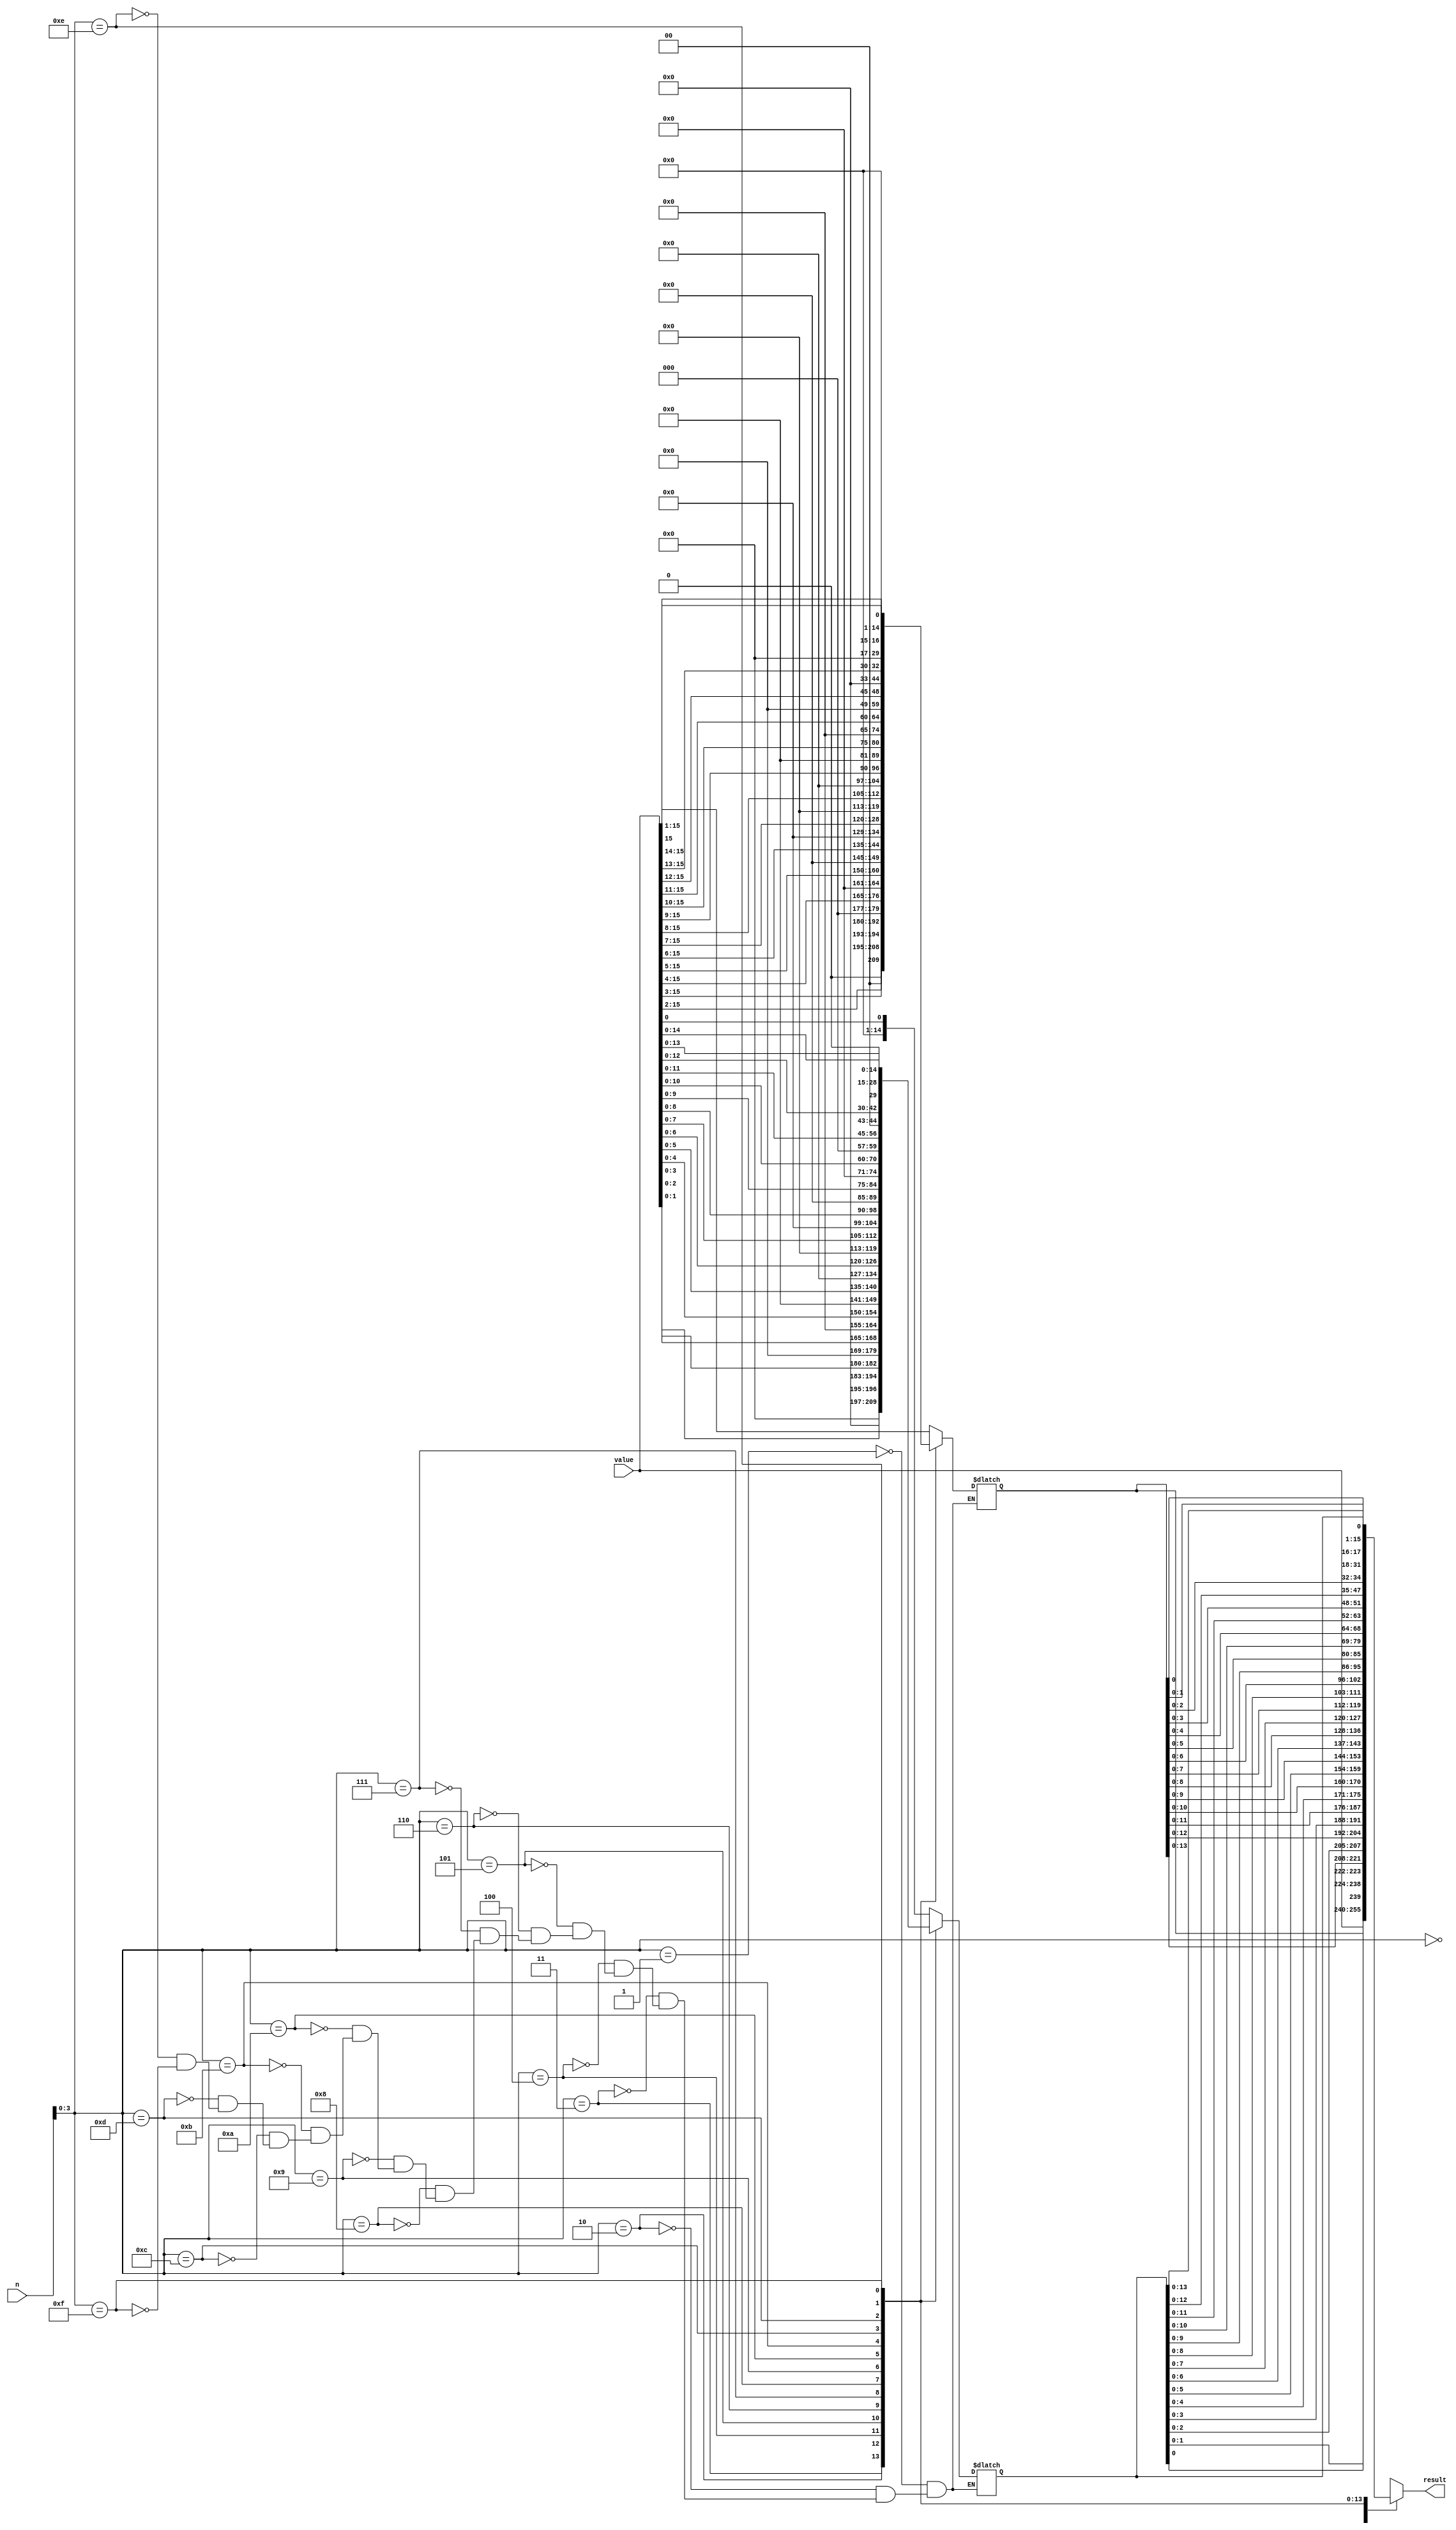
module rotate_right(n, value, result);
	input [15:0] n, value;
	output reg [15:0] result;
	reg [15:0] temp, temp2;
	
	always@(*)
	begin
		case(n[3:0])
			0:
				begin
				result <= value;
				end
			1:
				begin
				temp <= { {15 - 1 + 1{1'b0}}, value[1 - 1: 0] };
				temp2 <= value >> 1;
				result <= {temp[1 - 1: 0] , temp2[15 - 1: 0]};
				end
			2:
				begin
				temp <= { {15 - 2 + 1{1'b0}}, value[2 - 1: 0] };
				temp2 <= value >> 2;
				result <= {temp[2 - 1: 0] , temp2[15 - 2: 0]};
				end
			3:
				begin
				temp <= { {15 - 3 + 1{1'b0}}, value[3 - 1: 0] };
				temp2 <= value >> 3;
				result <= {temp[3 - 1: 0] , temp2[15 - 3: 0]};
				end
			4:
				begin
				temp <= { {15 - 4 + 1{1'b0}}, value[4 - 1: 0] };
				temp2 <= value >> 4;
				result <= {temp[4 - 1: 0] , temp2[15 - 4: 0]};
				end
			5:
				begin
				temp <= { {15 - 5 + 1{1'b0}}, value[5 - 1: 0] };
				temp2 <= value >> 5;
				result <= {temp[5 - 1: 0] , temp2[15 - 5: 0]};
				end
			6:
				begin
				temp <= { {15 - 6 + 1{1'b0}}, value[6 - 1: 0] };
				temp2 <= value >> 6;
				result <= {temp[6 - 1: 0] , temp2[15 - 6: 0]};
				end
			7:
				begin
				temp <= { {15 - 7 + 1{1'b0}}, value[7 - 1: 0] };
				temp2 <= value >> 7;
				result <= {temp[7 - 1: 0] , temp2[15 - 7: 0]};
				end
			8:
				begin
				temp <= { {15 - 8 + 1{1'b0}}, value[8 - 1: 0] };
				temp2 <= value >> 8;
				result <= {temp[8 - 1: 0] , temp2[15 - 8: 0]};
				end
			9:
				begin
				temp <= { {15 - 9 + 1{1'b0}}, value[9 - 1: 0] };
				temp2 <= value >> 9;
				result <= {temp[9 - 1: 0] , temp2[15 - 9: 0]};
				end
			10:
				begin
				temp <= { {15 - 10 + 1{1'b0}}, value[10 - 1: 0] };
				temp2 <= value >> 10;
				result <= {temp[10 - 1: 0] , temp2[15 - 10: 0]};
				end
			11:
				begin
				temp <= { {15 - 11 + 1{1'b0}}, value[11 - 1: 0] };
				temp2 <= value >> 11;
				result <= {temp[11 - 1: 0] , temp2[15 - 11: 0]};
				end
			12:
				begin
				temp <= { {15 - 12 + 1{1'b0}}, value[12 - 1: 0] };
				temp2 <= value >> 12;
				result <= {temp[12 - 1: 0] , temp2[15 - 12: 0]};
				end
			13:
				begin
				temp <= { {15 - 13 + 1{1'b0}}, value[13 - 1: 0] };
				temp2 <= value >> 13;
				result <= {temp[13 - 1: 0] , temp2[15 - 13: 0]};
				end
			14:
				begin
				temp <= { {15 - 14 + 1{1'b0}}, value[14 - 1: 0] };
				temp2 <= value >> 14;
				result <= {temp[14 - 1: 0] , temp2[15 - 14: 0]};
				end
			15:
				begin
				temp <= { {15 - 15 + 1{1'b0}}, value[15 - 1: 0] };
				temp2 <= value >> 15;
				result <= {temp[15 - 1: 0] , temp2[15 - 15: 0]};
				end
		endcase
	end
endmodule

module rotate_left(n, value, result);
	input [15:0] n, value;
	output reg [15:0] result;
	reg [15:0] temp, temp2;
	
	always@(*)
	begin
		case(n[3:0])
			0:
				begin
				result <= value;
				end
			1:
				begin
				temp <= { {15 - 1 + 1{1'b0}}, value[15:15 - 1 + 1] };
				temp2 <= value << 1;
				result <= {temp2[15:1] , temp[1 - 1:0]};
				end
			2:
				begin
				temp <= { {15 - 2 + 1{1'b0}}, value[15:15 - 2 + 1] };
				temp2 <= value << 2;
				result <= {temp2[15:2] , temp[2 - 1:0]};
				end
			3:
				begin
				temp <= { {15 - 3 + 1{1'b0}}, value[15:15 - 3 + 1] };
				temp2 <= value << 3;
				result <= {temp2[15:3] , temp[3 - 1:0]};
				end
			4:
				begin
				temp <= { {15 - 4 + 1{1'b0}}, value[15:15 - 4 + 1] };
				temp2 <= value << 4;
				result <= {temp2[15:4] , temp[4 - 1:0]};
				end
			5:
				begin
				temp <= { {15 - 5 + 1{1'b0}}, value[15:15 - 5 + 1] };
				temp2 <= value << 5;
				result <= {temp2[15:5] , temp[5 - 1:0]};
				end
			6:
				begin
				temp <= { {15 - 6 + 1{1'b0}}, value[15:15 - 6 + 1] };
				temp2 <= value << 6;
				result <= {temp2[15:6] , temp[6 - 1:0]};
				end
			7:
				begin
				temp <= { {15 - 7 + 1{1'b0}}, value[15:15 - 7 + 1] };
				temp2 <= value << 7;
				result <= {temp2[15:7] , temp[7 - 1:0]};
				end
			8:
				begin
				temp <= { {15 - 8 + 1{1'b0}}, value[15:15 - 8 + 1] };
				temp2 <= value << 8;
				result <= {temp2[15:8] , temp[8 - 1:0]};
				end
			9:
				begin
				temp <= { {15 - 9 + 1{1'b0}}, value[15:15 - 9 + 1] };
				temp2 <= value << 9;
				result <= {temp2[15:9] , temp[9 - 1:0]};
				end
			10:
				begin
				temp <= { {15 - 10 + 1{1'b0}}, value[15:15 - 10 + 1] };
				temp2 <= value << 10;
				result <= {temp2[15:10] , temp[10 - 1:0]};
				end
			11:
				begin
				temp <= { {15 - 11 + 1{1'b0}}, value[15:15 - 11 + 1] };
				temp2 <= value << 11;
				result <= {temp2[15:11] , temp[11 - 1:0]};
				end
			12:
				begin
				temp <= { {15 - 12 + 1{1'b0}}, value[15:15 - 12 + 1] };
				temp2 <= value << 12;
				result <= {temp2[15:12] , temp[12 - 1:0]};
				end
			13:
				begin
				temp <= { {15 - 13 + 1{1'b0}}, value[15:15 - 13 + 1] };
				temp2 <= value << 13;
				result <= {temp2[15:13] , temp[13 - 1:0]};
				end
			14:
				begin
				temp <= { {15 - 14 + 1{1'b0}}, value[15:15 - 14 + 1] };
				temp2 <= value << 14;
				result <= {temp2[15:14] , temp[14 - 1:0]};
				end
			15:
				begin
				temp <= { {15 - 15 + 1{1'b0}}, value[15:15 - 15 + 1] };
				temp2 <= value << 15;
				result <= {temp2[15:15] , temp[15 - 1:0]};
				end
		endcase
	end
endmodule